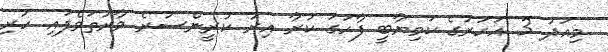
މިއަދު 3 އަހަރުގެ ކަމިޔާބީ ފާހަގަ ކުރާ އިރު ކުރީންސުރެ ވާރުތަވެފައި ހުރި